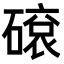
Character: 𥕦